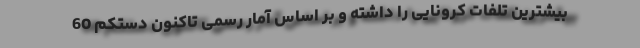
بیشترین تلفات کرونایی را داشته و بر اساس آمار رسمی تاکنون دستکم 60